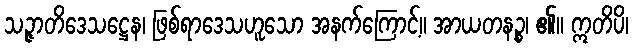
သဉ္ဇာတိဒေသဋ္ဌေန၊ ဖြစ်ရာဒေသဟူသော အနက်ကြောင့်။ အာယတနဉ္စ၊ ၏။ ဣတိပိ၊